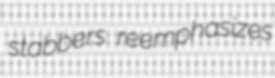
stabbers reemphasizes